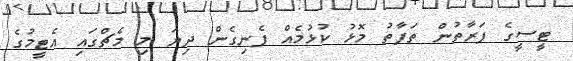
ޓީސީގެ ފަރާތުން ތަފާތު މޮޅު ކުޅުމެއް ފެނިގެން ދިޔަ މި މެޗްގައި އެޓީމުގެ